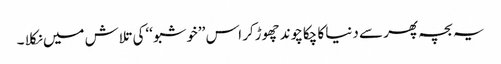
یہ بچہ پھر سے دنیا کا چکاچوند چھوڑکر اس ’’خوشبو ‘‘کی تلاش میں نکلا ۔